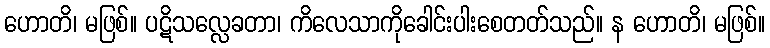
ဟောတိ၊ မဖြစ်။ ပဋိသလ္လေခတာ၊ ကိလေသာကိုခေါင်းပါးစေတတ်သည်။ န ဟောတိ၊ မဖြစ်။